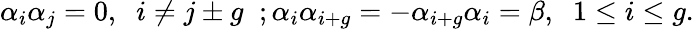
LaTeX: \alpha_{i}\alpha_{j}=0,\; \; i\neq j\pm g\; \; ;\alpha_{i}\alpha_{i+g}=-\alpha_{i+g}\alpha_{i}=\beta,\; \; 1\leq i\leq g.